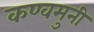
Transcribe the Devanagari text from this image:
कण्वमुनी